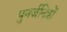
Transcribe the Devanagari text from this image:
पुनर्जनित्रों